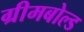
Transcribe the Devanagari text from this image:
ग्रीमबोल्ड